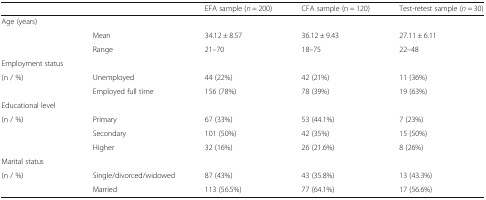
<table><thead><tr><td></td><td></td><td><b>EFA sample (<i>n</i> = 200)</b></td><td><b>CFA sample (n = 120)</b></td><td><b>Test-retest sample (<i>n</i> = 30)</b></td></tr></thead><tbody><tr><td>Age (years)</td><td></td><td></td><td></td><td></td></tr><tr><td></td><td>Mean</td><td>34.12 ± 8.57</td><td>36.12 ± 9.43</td><td>27.11 ± 6.11</td></tr><tr><td></td><td>Range</td><td>21–70</td><td>18–75</td><td>22–48</td></tr><tr><td>Employment status</td><td></td><td></td><td></td><td></td></tr><tr><td>(n / %)</td><td>Unemployed</td><td>44 (22%)</td><td>42 (21%)</td><td>11 (36%)</td></tr><tr><td></td><td>Employed full time</td><td>156 (78%)</td><td>78 (39%)</td><td>19 (63%)</td></tr><tr><td>Educational level</td><td></td><td></td><td></td><td></td></tr><tr><td>(n / %)</td><td>Primary</td><td>67 (33%)</td><td>53 (44.1%)</td><td>7 (23%)</td></tr><tr><td></td><td>Secondary</td><td>101 (50%)</td><td>42 (35%)</td><td>15 (50%)</td></tr><tr><td></td><td>Higher</td><td>32 (16%)</td><td>26 (21.6%)</td><td>8 (26%)</td></tr><tr><td>Marital status</td><td></td><td></td><td></td><td></td></tr><tr><td>(n / %)</td><td>Single/divorced/widowed</td><td>87 (43%)</td><td>43 (35.8%)</td><td>13 (43.3%)</td></tr><tr><td></td><td>Married</td><td>113 (56.5%)</td><td>77 (64.1%)</td><td>17 (56.6%)</td></tr></tbody></table>